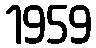
1959